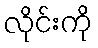
လိုင်းကို